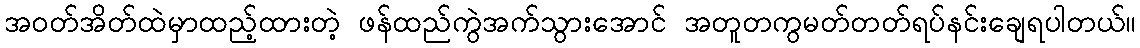
အဝတ်အိတ်ထဲမှာထည့်ထားတဲ့ ဖန်ထည်ကွဲအက်သွားအောင် အတူတကွမတ်တတ်ရပ်နင်းချေရပါတယ်။